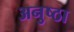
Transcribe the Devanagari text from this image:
अनुष्ठा